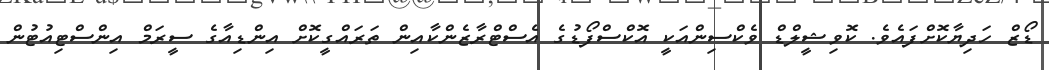
ޑޯޒް ހަދިޔާކޮށްފައެވެ. ކޮވިޝީލްޑް ވެކްސިންއަކީ އޮކްސްފޯޑުގެ އެސްޓްރާޒެންކާއިން ތަރައްގީކޮށް އިންޑިއާގެ ސީރަމް އިންސްޓިއުޓުން